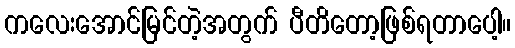
ကလေးအောင်မြင်တဲ့အတွက် ပီတိတော့ဖြစ်ရတာပေါ့။